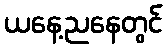
ယနေ့ညနေတွင်